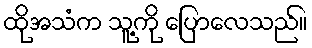
ထိုအသံက သူ့ကို ပြောလေသည်။